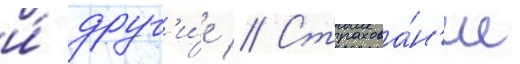
и́ друг'и́е // Страхова́н'ие